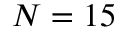
N = 1 5